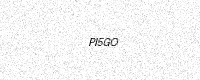
Text: PI5GO